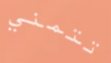
تتمني